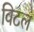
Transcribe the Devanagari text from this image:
विटल